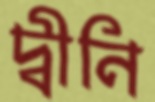
দ্বীনি